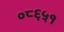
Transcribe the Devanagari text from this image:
०८६५१